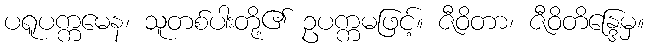
ပရူပက္ကမေန၊ သူတစ်ပါးတို့၏ ဥပက္ကမဖြင့်။ ဇီဝိတာ၊ ဇီဝိတိန္ဒြေမှ။